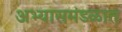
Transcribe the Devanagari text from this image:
अभ्यासमंडळात